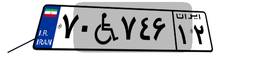
۷۰W۷۴۶۱۲